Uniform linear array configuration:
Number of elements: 48
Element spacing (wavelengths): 0.25
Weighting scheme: exponential
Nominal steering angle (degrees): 0
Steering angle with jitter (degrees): -0.411
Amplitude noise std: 0.05
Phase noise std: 0.05

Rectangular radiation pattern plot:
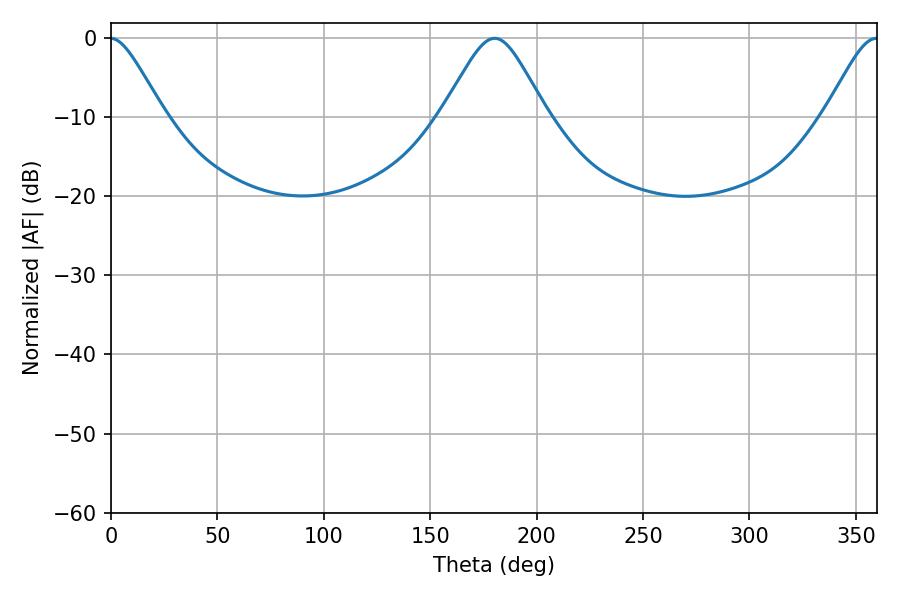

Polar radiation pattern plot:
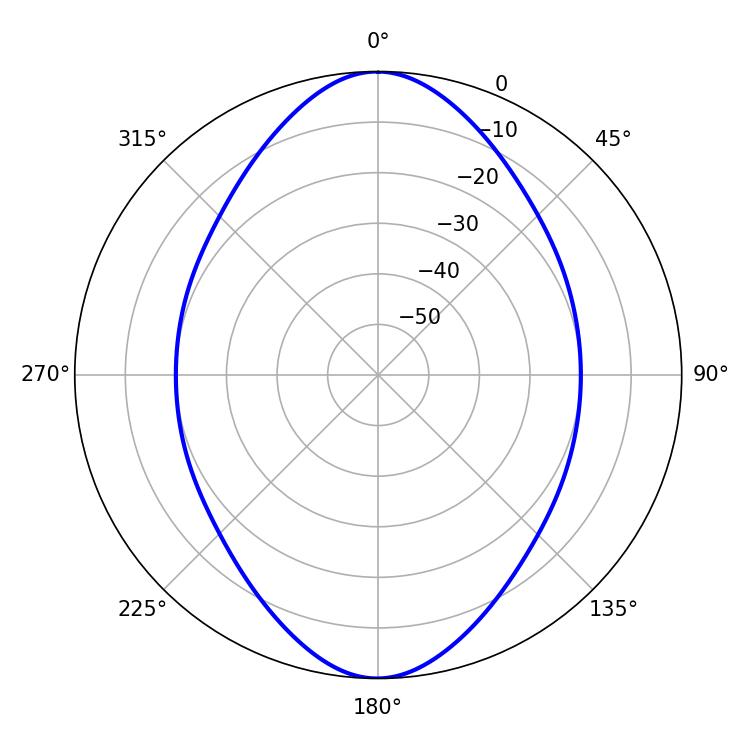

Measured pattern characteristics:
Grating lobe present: FALSE
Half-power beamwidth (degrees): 23.76
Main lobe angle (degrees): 180.36